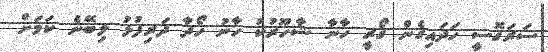
ސަރަގޮސީ ހަދައިގެން ގޯރީ ހާނާ ޝާހޫރުކު ހާނު ހޯދާ ދަރިފުޅު ލިބޭނެ ކަމަށް